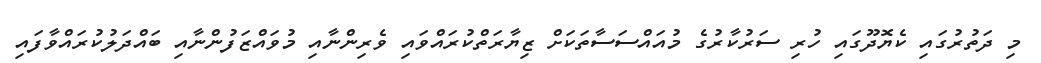
މި ދަތުރުގައި ކެޔޮދޫގައި ހުރި ސަރުކާރުގެ މުއައްސަސާތަކަށް ޒިޔާރަތްކުރައްވައި ވެރިންނާއި މުވައްޒަފުންނާއި ބައްދަލުކުރައްވާފައި